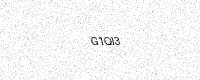
Text: G1QI3